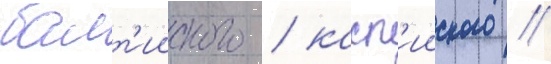
балт'ииского / касп'ииского /